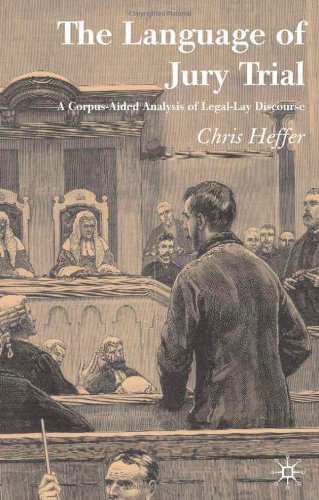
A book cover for The Language of Jury Trial: A Corpus-Aided Linguistic Analysis of Legal-Lay Discourse; Chris Heffer; Law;